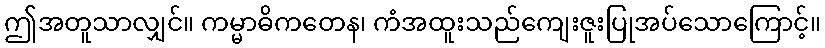
ဤအတူသာလျှင်။ ကမ္မာဓိကတေန၊ ကံအထူးသည်ကျေးဇူးပြုအပ်သောကြောင့်။